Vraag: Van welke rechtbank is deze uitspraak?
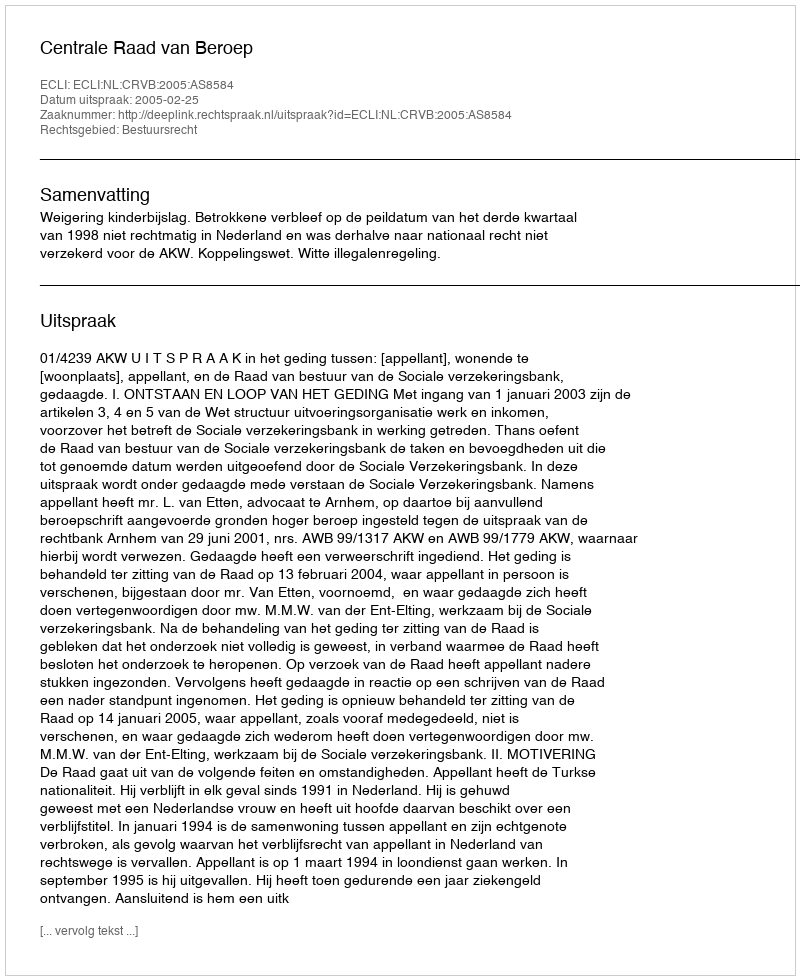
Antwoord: Centrale Raad van Beroep